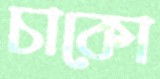
চাকো